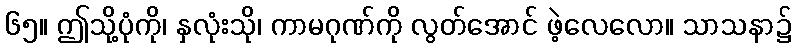
၆၅။ ဤသို့ပုံကို၊ နှလုံးသို၊ ကာမဂုဏ်ကို လွတ်အောင် ဖဲ့လေလော။ သာသနာ၌